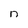
Character: n